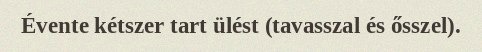
Évente kétszer tart ülést (tavasszal és ősszel).